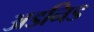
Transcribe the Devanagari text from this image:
अडनिड